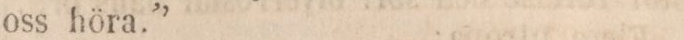
oss höra.”